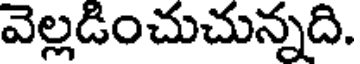
వెల్లడించుచున్నది.